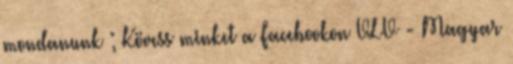
mondanunk ; Kövess minket a Facebookon VLV - Magyar